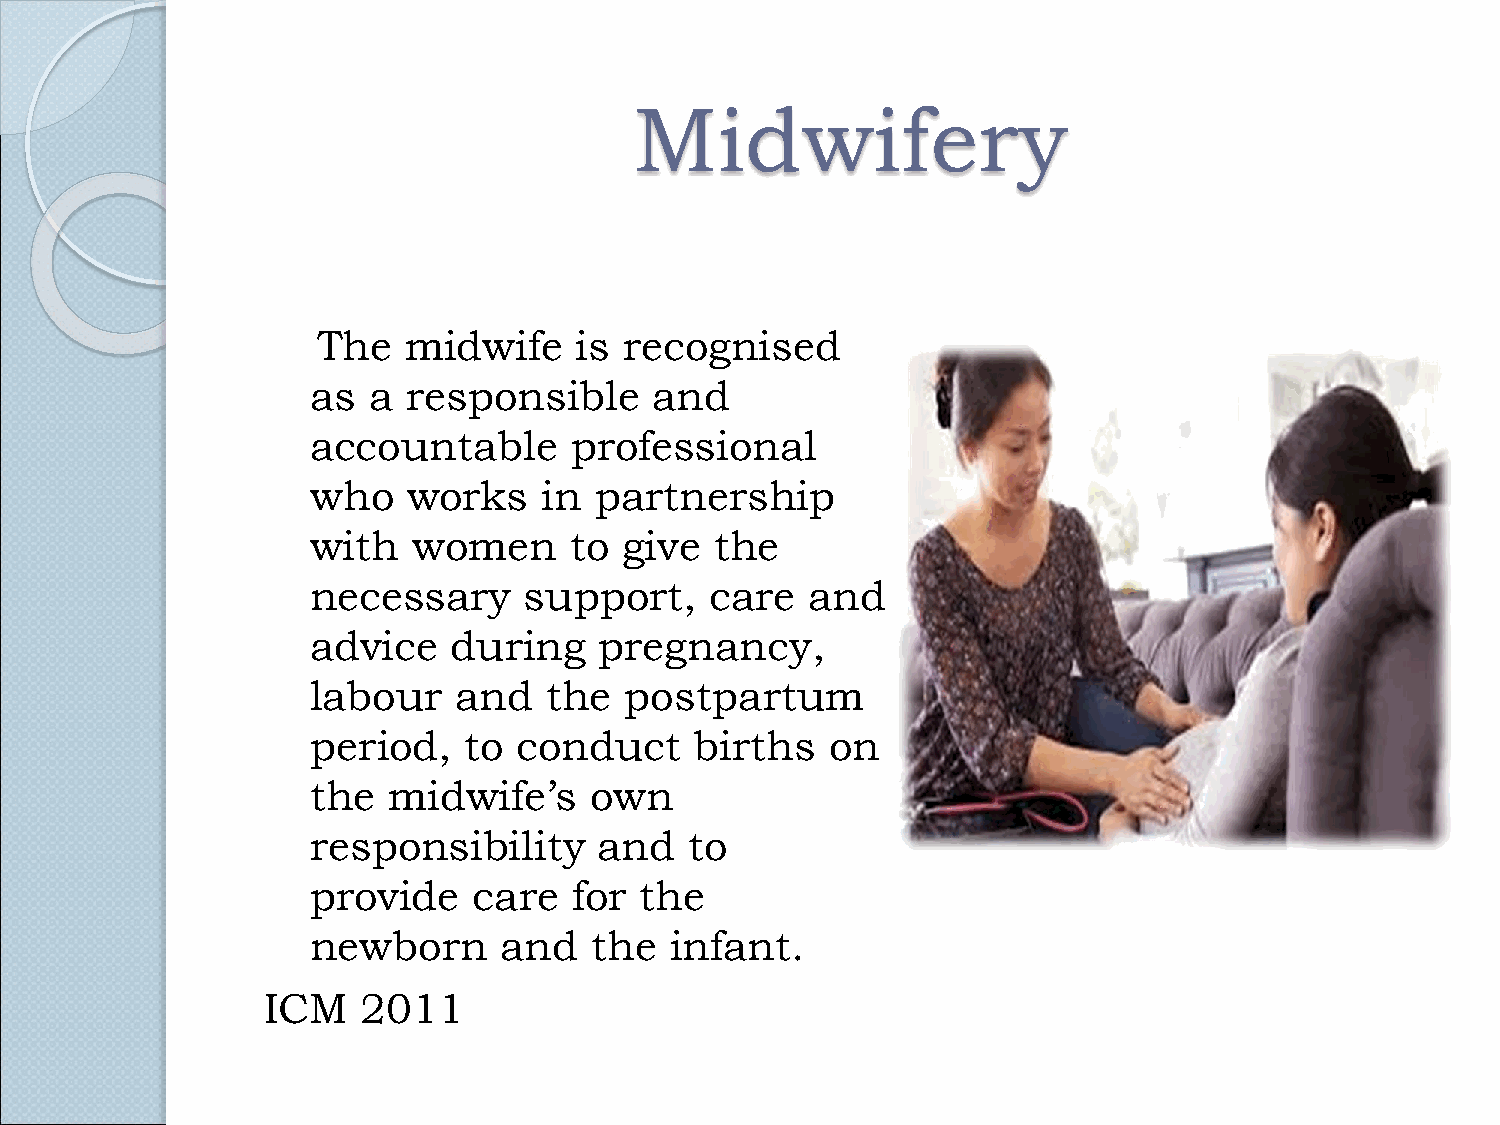
Midwifery
 The   midwife    is recognised
 as a  responsible     and
 accountable      professional
 who   works    in partnership
 with  women      to give  the
 necessary     support,    care   and
 advice   during    pregnancy,
 labour   and   the  postpartum
 period,   to conduct     births   on
 the  midwife’s    own
 responsibility     and   to
 provide   care   for the
 newborn     and   the  infant.
 ICM    2011